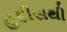
હદીસથી